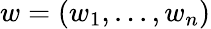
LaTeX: w=(w_{1},...,w_{n})